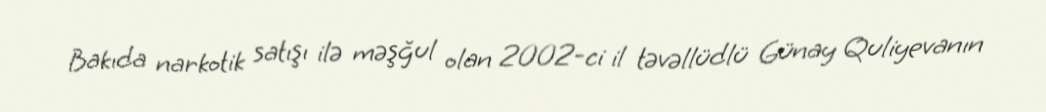
Bakıda narkotik satışı ilə məşğul olan 2002-ci il təvəllüdlü Günay Quliyevanın